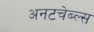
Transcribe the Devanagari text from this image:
अनटचेब्ल्स